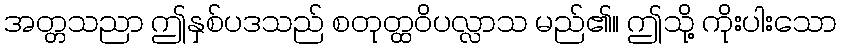
အတ္တသညာ ဤနှစ်ပဒသည် စတုတ္ထဝိပလ္လာသ မည်၏။ ဤသို့ ကိုးပါးသော